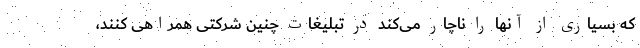
که بسیاری از آنها را ناچار می‌کند در تبلیغات چنین شرکتی همراهی کنند،